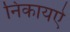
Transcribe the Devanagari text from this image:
निकायऐ